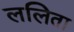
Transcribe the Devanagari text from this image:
ललिता